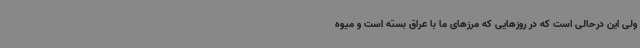
ولی این درحالی است که در روزهایی که مرزهای ما با عراق بسته است و میوه